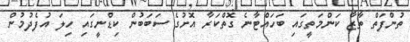
ތުންފަތް ތާޒާ ކަންމަތީގައި ބަހައްޓާނެ ގޮތްކަރާ އޮށުގެ ސަބަބުން ކިޑްނީގައި ހިލަ އުފެދުމުން